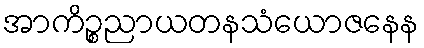
အာကိဉ္စညာယတနသံယောဇနေန